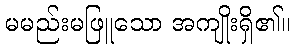
မမည်းမဖြူသော အကျိုးရှိ၏။